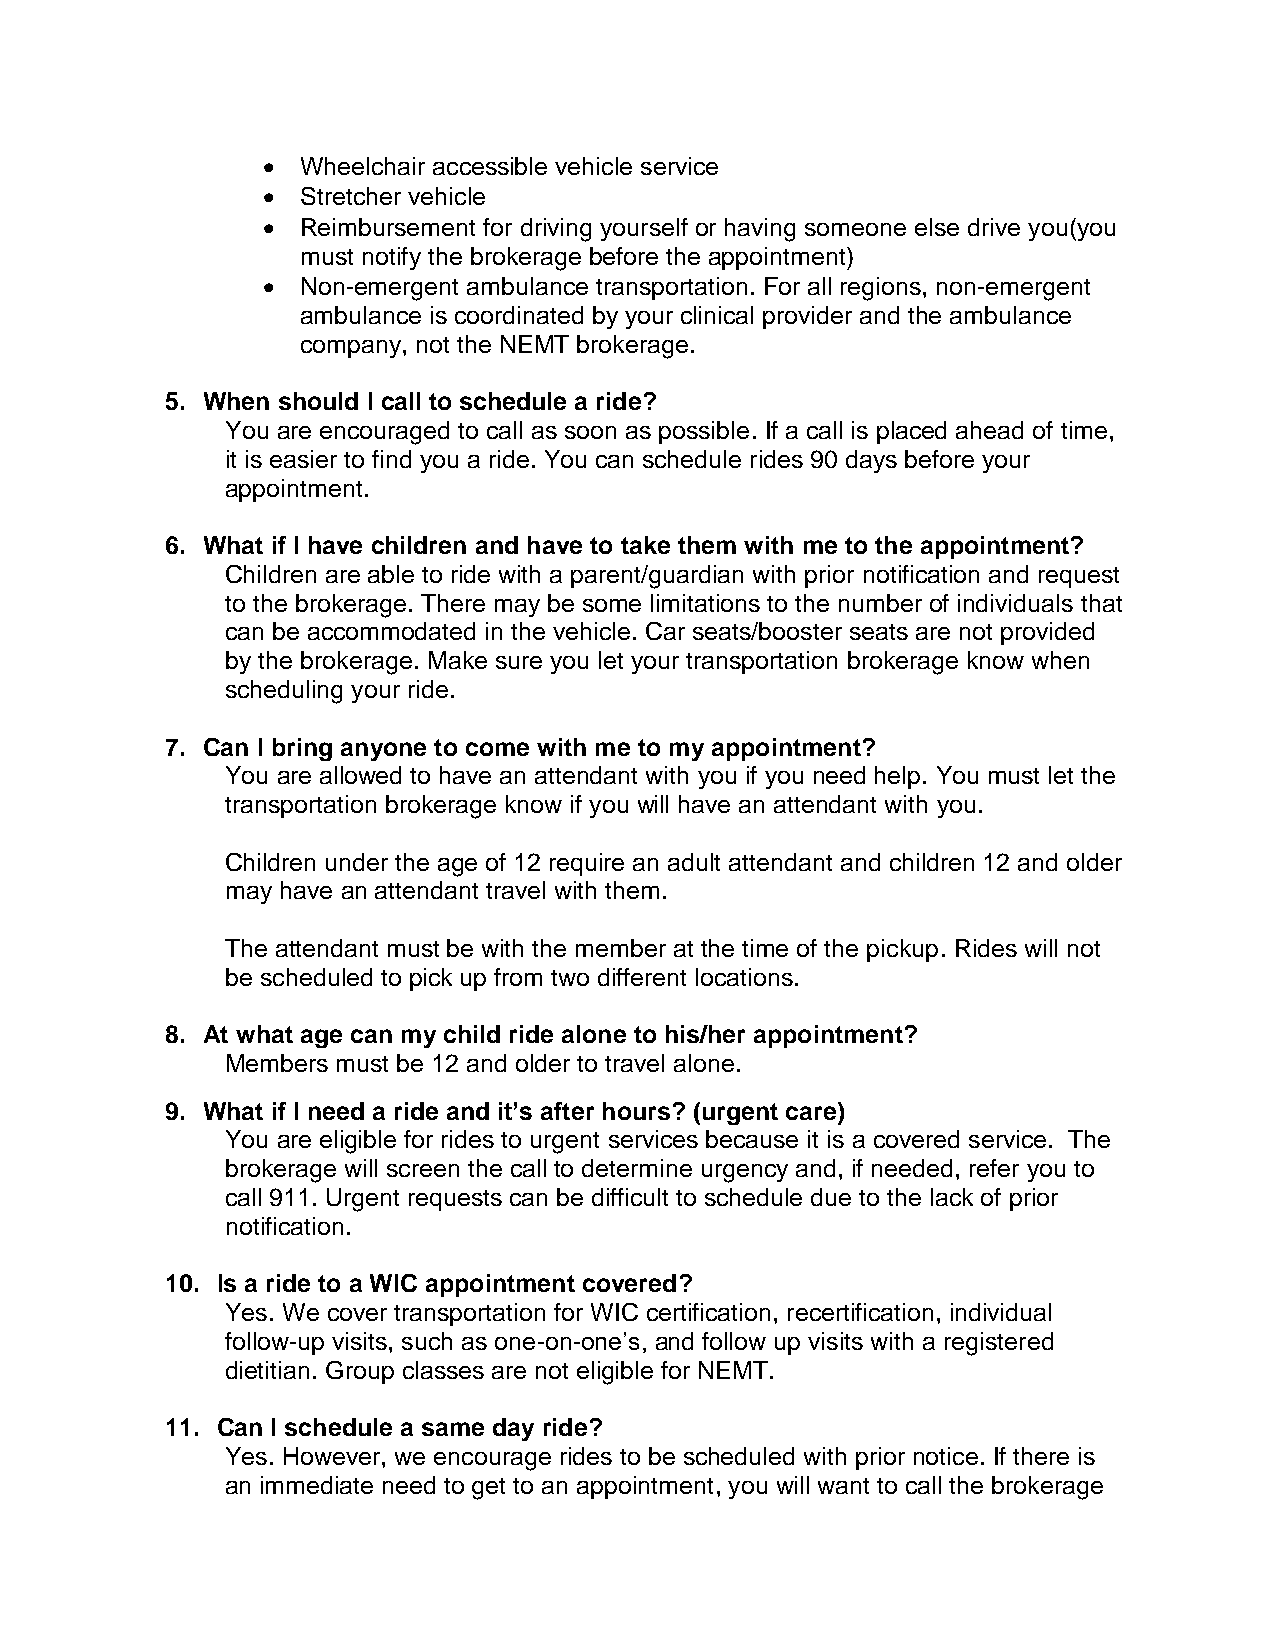
  Wheelchair accessible vehicle service
   Stretcher vehicle
   Reimbursement for driving yourself or having someone else drive you(you
 must notify the brokerage before the appointment)
   Non-emergent ambulance transportation. For all regions, non-emergent
 ambulance is coordinated by your clinical provider and the ambulance
 company, not the NEMT brokerage.
 5. When should I call to schedule a ride?
 You are encouraged to call as soon as possible. If a call is placed ahead of time,
 it is easier to find you a ride. You can schedule rides 90 days before your
 appointment.
 6. What if I have children and have to take them with me to the appointment?
 Children are able to ride with a parent/guardian with prior notification and request
 to the brokerage. There may be some limitations to the number of individuals that
 can be accommodated in the vehicle. Car seats/booster seats are not provided
 by the brokerage. Make sure you let your transportation brokerage know when
 scheduling your ride.
 7. Can I bring anyone to come with me to my appointment?
 You are allowed to have an attendant with you if you need help. You must let the
 transportation brokerage know if you will have an attendant with you.
 Children under the age of 12 require an adult attendant and children 12 and older
 may have an attendant travel with them.
 The attendant must be with the member at the time of the pickup. Rides will not
 be scheduled to pick up from two different locations.
 8. At what age can my child ride alone to his/her appointment?
 Members must be 12 and older to travel alone.
 9. What if I need a ride and it’s after hours? (urgent care)
 You are eligible for rides to urgent services because it is a covered service. The
 brokerage will screen the call to determine urgency and, if needed, refer you to
 call 911. Urgent requests can be difficult to schedule due to the lack of prior
 notification.
 10. Is a ride to a WIC appointment covered?
 Yes. We cover transportation for WIC certification, recertification, individual
 follow-up visits, such as one-on-one’s, and follow up visits with a registered
 dietitian. Group classes are not eligible for NEMT.
 11. Can I schedule a same day ride?
 Yes. However, we encourage rides to be scheduled with prior notice. If there is
 an immediate need to get to an appointment, you will want to call the brokerage